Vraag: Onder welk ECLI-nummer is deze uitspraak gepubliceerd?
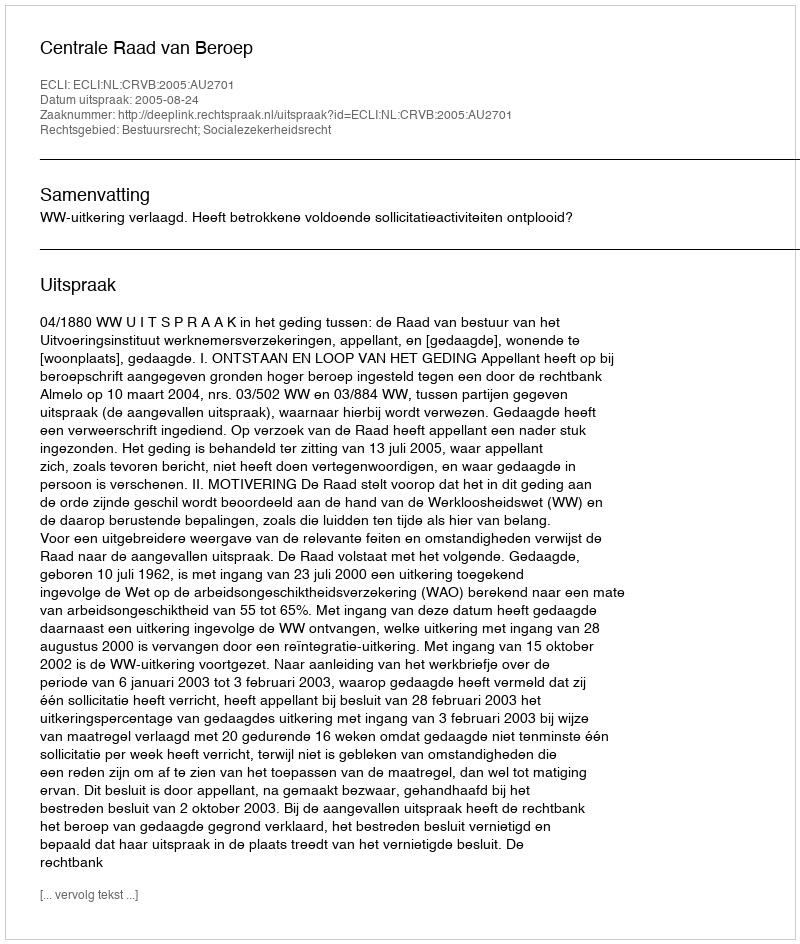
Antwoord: ECLI:NL:CRVB:2005:AU2701